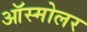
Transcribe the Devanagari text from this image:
ऑस्मोलर